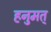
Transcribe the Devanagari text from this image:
हनुमत्